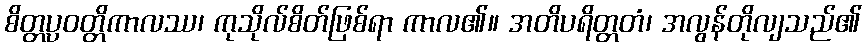
စိတ္တပ္ပဝတ္တိကာလဿ၊ ကုသိုလ်စိတ်ဖြစ်ရာ ကာလ၏။ အတိပရိတ္တတံ၊ အလွန်တိုလျသည်၏